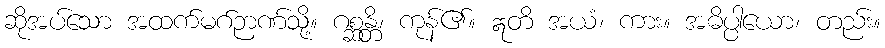
ဆိုအပ်သော အထက်မဂ်ဉာဏ်သို့။ ဂစ္ဆန္တိ၊ ကုန်၏။ ဣတိ အယံ၊ ကား။ အဓိပ္ပါယော၊ တည်း။